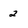
Character: 2